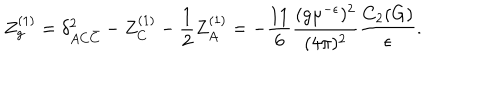
LaTeX: Z _ { g } ^ { ( 1 ) } = \delta _ { A C \bar { C } } ^ { 2 } - Z _ { C } ^ { ( 1 ) } - \frac 1 2 Z _ { A } ^ { ( 1 ) } = - \frac { 1 1 } 6 \frac { ( g \mu ^ { - \epsilon } ) ^ { 2 } } { ( 4 \pi ) ^ { 2 } } \frac { C _ { 2 } ( G ) } { \epsilon } .